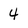
Character: 4